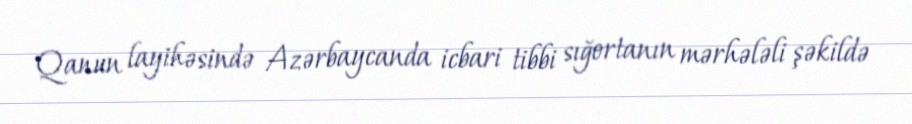
Qanun layihəsində Azərbaycanda icbari tibbi sığortanın mərhələli şəkildə